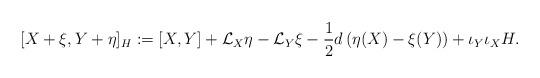
LaTeX: \begin{align*}[X + \xi, Y + \eta]_H := [X,Y] + \mathcal{L}_X \eta - \mathcal{L}_Y \xi -\frac{1}{2} d \left( \eta(X) - \xi (Y) \right) + \iota_Y \iota_X H.\end{align*}